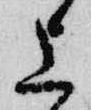
上